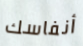
أنفاسك